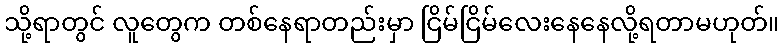
သို့ရာတွင် လူတွေက တစ်နေရာတည်းမှာ ငြိမ်ငြိမ်လေးနေနေလို့ရတာမဟုတ်။